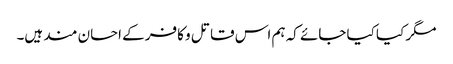
مگر کیا کیا جائے کہ ہم اس قاتل و کافر کے احسان مند ہیں۔